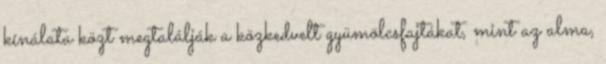
kínálata közt megtalálják a közkedvelt gyümölcsfajtákat, mint az alma,